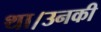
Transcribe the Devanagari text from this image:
था।उनकी